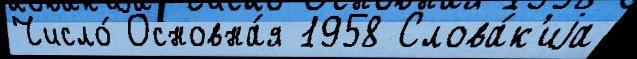
Число́ Основна́я 1958 Слова́к'иjа